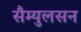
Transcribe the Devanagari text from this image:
सैम्युलसन